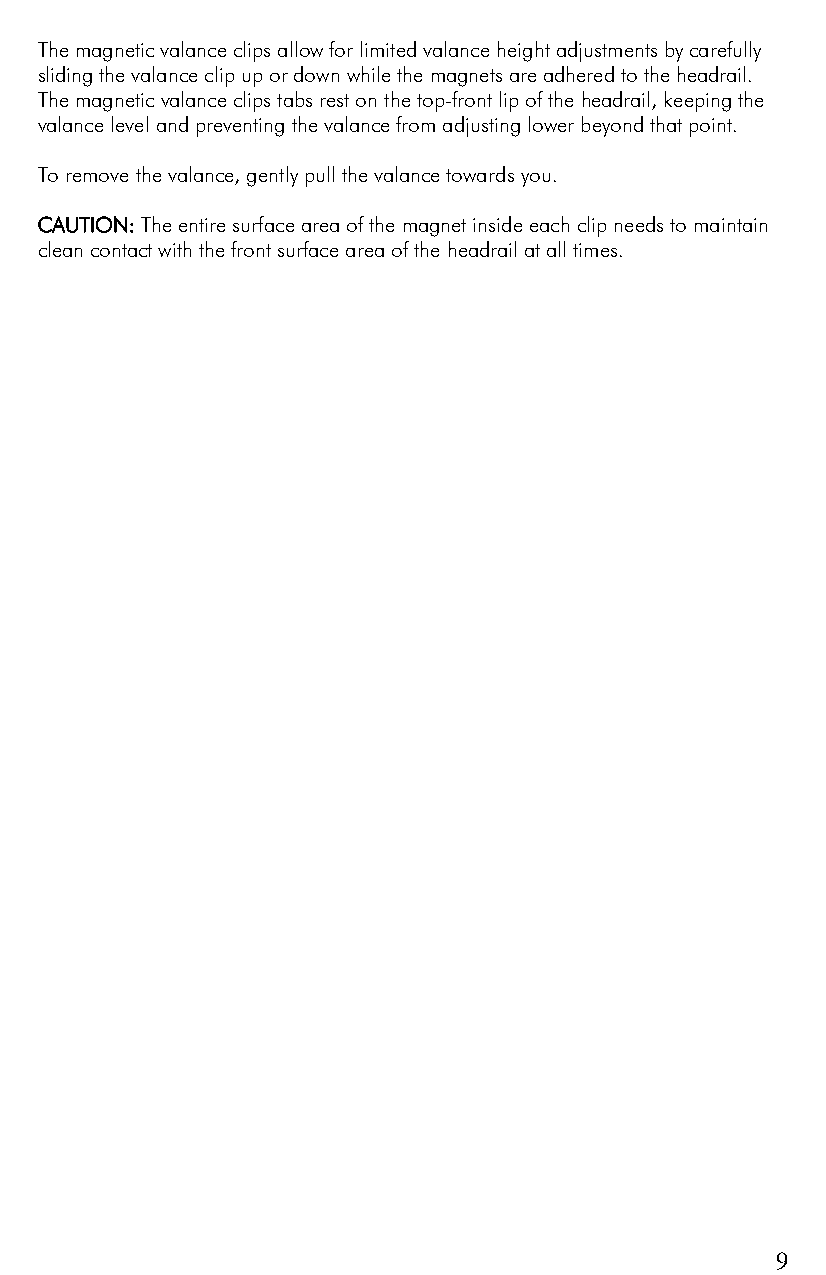
The magnetic valance clips allow for limited valance height adjustments by carefully
 sliding the valance clip up or down while the magnets are adhered to the headrail.
 The magnetic valance clips tabs rest on the top-front lip of the headrail, keeping the
 valance level and preventing the valance from adjusting lower beyond that point.
 To remove the valance, gently pull the valance towards you.
 CAUTION: The entire surface area of the magnet inside each clip needs to maintain
 clean contact with the front surface area of the headrail at all times.
 9